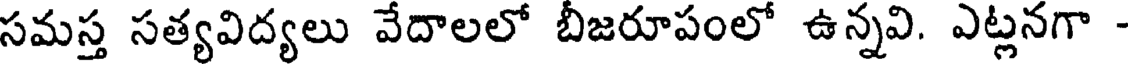
సమస్త సత్యవిద్యలు వేదాలలో బీజరూపంలో ఉన్నవి. ఎట్లనగా -